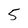
Character: 5